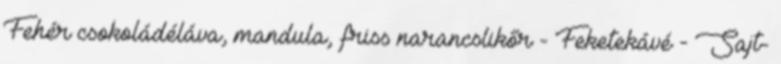
Fehér csokoládéláva, mandula, friss narancslikőr - Feketekávé - Sajt-